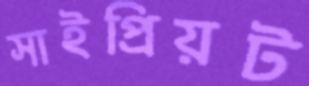
সাইপ্রিয়ট